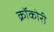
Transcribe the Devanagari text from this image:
क्रॉकोरी